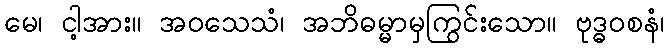
မေ၊ ငါ့အား။ အဝသေသံ၊ အဘိဓမ္မာမှကြွင်းသော။ ဗုဒ္ဓဝစနံ၊